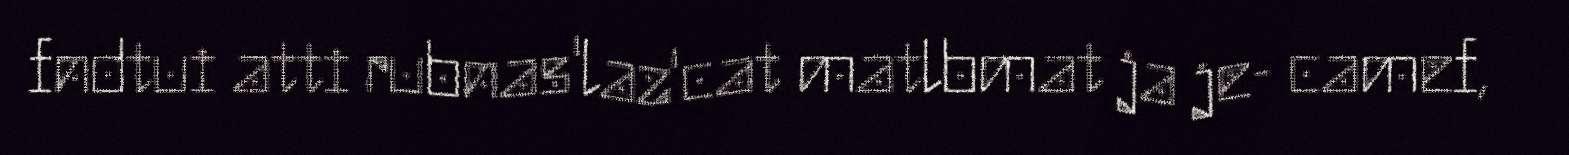
fndtui atti rubnas'laz'cat matlbmat ja je- camef,